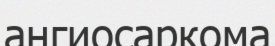
ангиосаркома